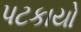
પટકાયો